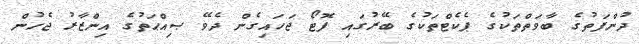
ދުންފަތުގެ ބާވަތްތަކުގެ ޕެކެޓްތަކުގެ ބޭރުގައި ފޮޓޯ ޖަހައިގެން ދެވޭ ޞިއްޙަތުގެ އިންޒާރު ޖެހުން